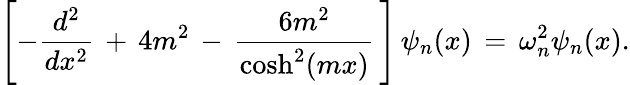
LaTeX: \left[-\frac{d^{2}}{dx^{2}}\, +\, 4m^{2}\, -\, \frac{6m^{2}}{\mathrm{cosh}^{2}(mx)}\, \right]\, \psi_{n}(x)\, =\, \omega_{n}^{2}\psi_{n}(x).